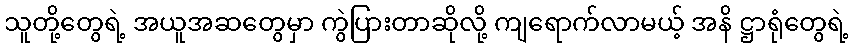
သူတို့တွေရဲ့ အယူအဆတွေမှာ ကွဲပြားတာဆိုလို့ ကျရောက်လာမယ့် အနိ ဋ္ဌာရုံတွေရဲ့